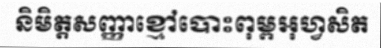
និមិត្តសញ្ញាខ្មៅបោះពុម្ពអុហ្វសិត